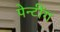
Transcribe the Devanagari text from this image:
पेन्टींग